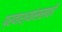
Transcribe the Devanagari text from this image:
प्रवाश्यांससाठी